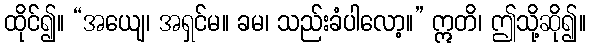
ထိုင်၍။ “အယျေ၊ အရှင်မ။ ခမ၊ သည်းခံပါလော့။” ဣတိ၊ ဤသို့ဆို၍။